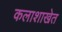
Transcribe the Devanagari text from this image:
कलाशाखेत